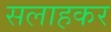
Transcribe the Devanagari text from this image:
सलाहकर